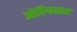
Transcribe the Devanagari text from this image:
ओरिफाइस